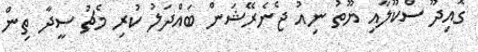
ގޮއިދޫ ސްކޫލާއި ޔޫތު ނިއު ޖެނެރޭޝަން ބައްދަލު ކުރި މެޗު ސީދާ ތިން